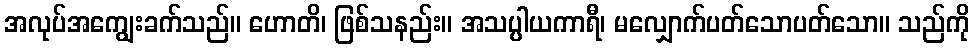
အလုပ်အကျွေးခက်သည်။ ဟောတိ၊ ဖြစ်သနည်း။ အသပ္ပါယကာရီ၊ မလျှောက်ပတ်သောပတ်သော။ သည်ကို